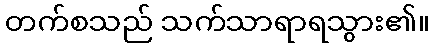
တက်စသည် သက်သာရာရသွား၏။